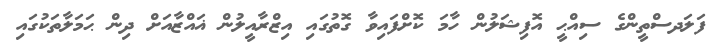
ފަލަދސްތީންގެ ސިއްޙީ އޮފިޝަލުން ހާމަ ކޮށްފައިވާ ގޮތުގައި އިޒްރާއީލުން ޣައްޒާއަށް ދިން ޙަމަލާތަކުގައި